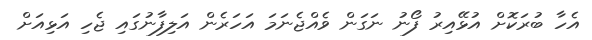
އެހާ ބުރަކޮށް އުޅޭއިރު ފޯނު ނަގަން ވެއްޖެނަމަ އަހަރެން އަލިފާނުގައި ޖެހި އަޅިއަށް